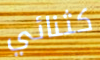
كثنائي